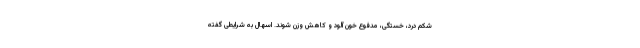
شکم درد، خستگی، مدفوع خون آلود و کاهش وزن شوند. اسهال به شرایطی گفته